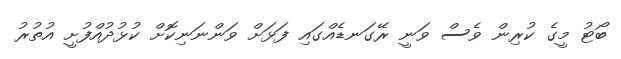
ބޯޓު މީގެ ކުރިން ވެސް ވަނީ ރޭގަނޑެއްގައި ފަޅަށް ވަންނަނިކޮށް ކުޅުދުއްފުށީ އުތުރު